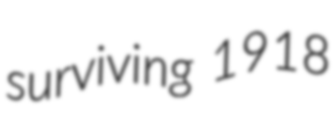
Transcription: surviving 1918